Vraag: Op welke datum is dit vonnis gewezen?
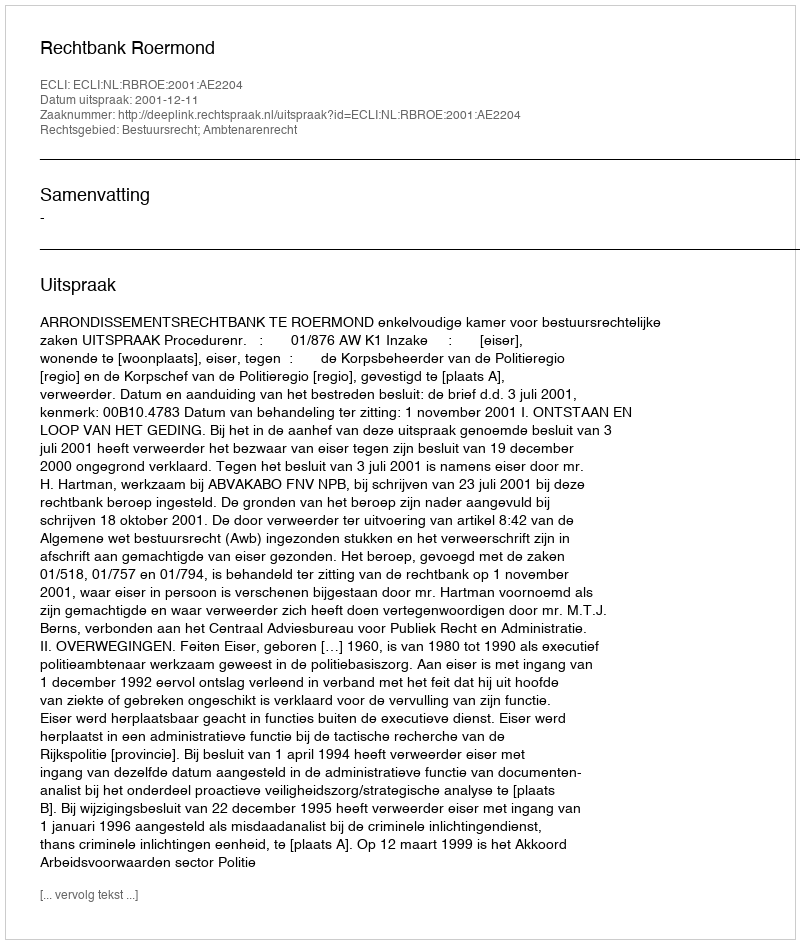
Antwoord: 2001-12-11